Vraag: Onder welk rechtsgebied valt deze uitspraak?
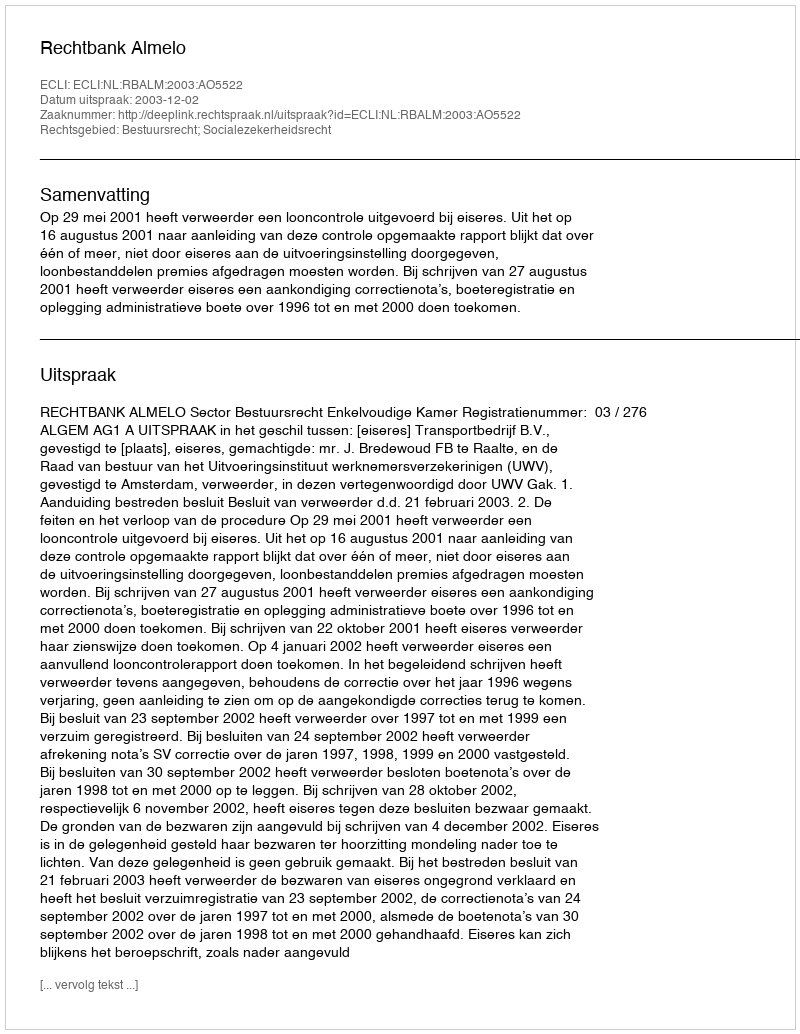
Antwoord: Bestuursrecht; Socialezekerheidsrecht